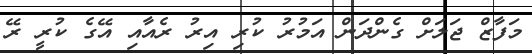
މަފާޒް ޖަލަށް ގެންދަން އަމުރު ކުރި އިރު ރެއާއި އޭގެ ކުރީ ރޭ